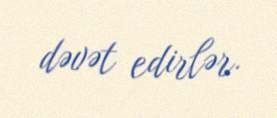
dəvət edirlər.